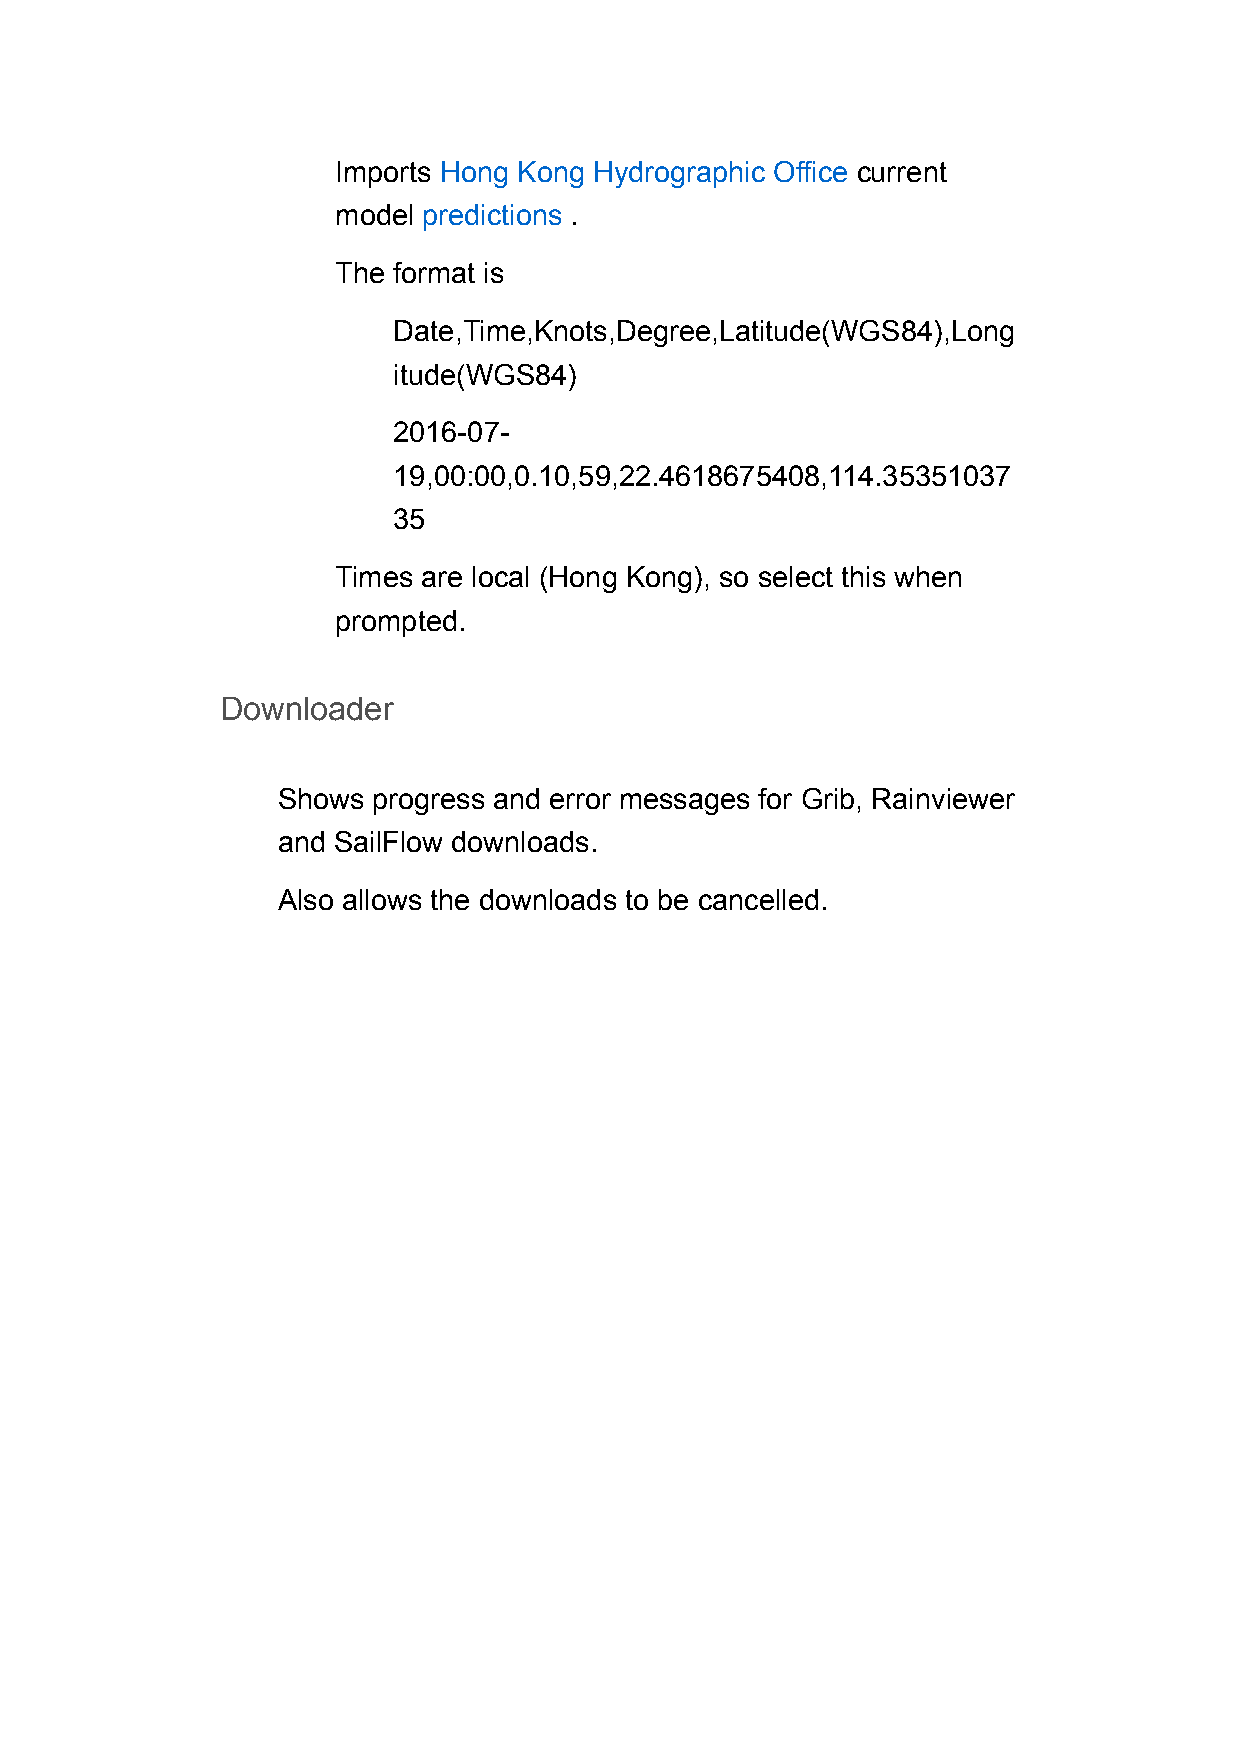
Imports Hong Kong Hydrographic Office current
 model predictions .
 The format is
 Date,Time,Knots,Degree,Latitude(WGS84),Long
 itude(WGS84)
 2016-07-
 19,00:00,0.10,59,22.4618675408,114.35351037
 35
 Times are local (Hong Kong), so select this when
 prompted.
 Downloader
 Shows  progress and error messages for Grib, Rainviewer
 and SailFlow downloads.
 Also allows the downloads to be cancelled.